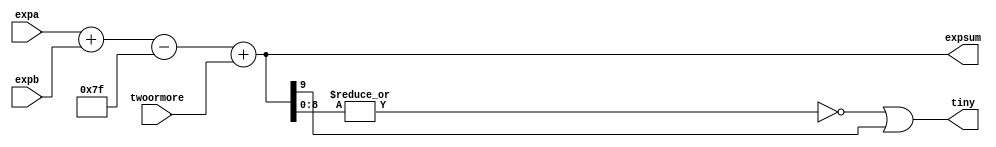
`define NWIDTH 6'b010100
`define BLOCKWIDTH 5'b01000
`define DDRWIDTH 7'b0100000
`define DDRNUMDQS 4'b0100
`define DDRSIZEWIDTH 6'b011000
`define BURSTLEN 3'b010
`define MEMCONWIDTH 8'b01000000
`define MEMCONNUMBYTES 5'b01000
`define RAMWIDTH 13'b0100000000000
`define RAMNUMBYTES 10'b0100000000
`define RAMSIZEWIDTH 5'b01000
`define TOPWIDTH 7'b0100000
`define rFIFOINPUTWIDTH 8'b01000000
`define wFIFOINPUTWIDTH 13'b0100000000000
`define mFIFOWIDTH 6'b011100
`define aFIFOWIDTH 5'b01000
`define SIMULATION_MEMORY
`define BLOCKM 9'b010000000
`define BLOCKN 9'b010000000
`define BLOCKMDIVK 3'b010
`define MEMBLOCKM 8'b01000000
`define MEMBLOCKN 8'b01000000
`define NWIDTH 6'b010100
`define BLOCKWIDTH 5'b01000
`define DDRSIZEWIDTH 6'b011000
`define RAMSIZEWIDTH 5'b01000
`define START 1'b0 //0
`define SETUP 2'b01 //1
`define FIRST 3'b010 //2
`define MODE0_SETUP 3'b011 //3
`define MODE0_WAIT 4'b0100 //4
`define MODE0 4'b0101 //5
`define MODE1_SETUP 4'b0110 //6
`define MODE1_WAIT 4'b0111 //7
`define MODE1 5'b01000 //8
`define MODE2_SETUP 5'b01001 //9
`define MODE2_WAIT 5'b01010 //10
`define MODE2 5'b01011 //11
`define MODE3_SETUP 5'b01100 //12
`define MODE3_WAIT 5'b01101 //13
`define MODE3 5'b01110 //14
`define STALL 5'b01111 //15
`define STALL_WAIT 6'b010000 //16
`define WAIT 6'b010001 //17
`define FINAL_WRITE 6'b010010 //18
`define FINAL_WAIT 6'b010011 //19
`define IDLE 6'b010100 //20
`define LAST_SETUP 6'b010101 //21
`define LAST_SETUP_WAIT 6'b010110 //22
`define LAST 6'b010111 //23
`define LAST_WAIT 6'b011000 //24
`define MEM_IDLE 1'b0 //0
`define MEM_WRITE 2'b01 //1
`define MEM_WRITE_WAIT 3'b010 //2
`define MEM_CHECK_DONE 3'b011 //3
`define MEM_READ 4'b0100 //4
`define MEM_READ_WAIT 4'b0101 //5
`define MEM_DONE 4'b0110 //6
`define MEM_WAIT_DONE 4'b0111 //7
`define rRAMSIZEWIDTH 8
`define cSETUP 4'b0000
`define cSTART 4'b0001
`define cFETCH_COL 4'b0010
`define cWAIT_COL 4'b0011
`define cFIND_REC 4'b0100
`define cMULT_COL 4'b0101
`define cUPDATE_J 4'b0110
`define cSTORE_MO 4'b0111
`define cMULT_SUB 4'b1000
`define cINCRE_I 4'b1001
`define cWAIT 4'b1010
`define cDONE 4'b1011
`define cSTORE_DIAG 4'b1100
`define cSTORE_DIAG2 4'b1101
`define cSTART_FETCH_ROW 4'b1110
`define cROW_WAIT 2'b00
`define cFETCH_ROW 2'b01
`define cDONE_FETCH_ROW 2'b10
`define cLOAD_ROW_INC_J 2'b11
`define PRECISION 7'b0100000
`define NUMPE 8'b01000000
`define PEWIDTH 4'b0110
`define BLOCKWIDTH 5'b01000
`define RAMWIDTH 13'b0100000000000
`define RAMNUMBYTES 10'b0100000000
`define RAMSIZEWIDTH 5'b01000
`define TOPSIZEWIDTH 5'b01110
`define TOPINPUTDELAY 3'b011
`define TOPOUTPUTDELAY 2'b01
`define MEMINPUTDELAY 3'b010
`define MEMOUTPUTDELAY 2'b01
`define TOPWIDTH 7'b0100000
//`define rFIFOINPUTWIDTH 64
`define rFIFOSIZE 512
`define rFIFOSIZEWIDTH 9
`define rFIFOOUTPUTWIDTH 2048
`define rFIFORSIZEWIDTH 4
	`define wFIFOINPUTWIDTH 13'b0100000000000
	`define wFIFOSIZE 6'b010000
	`define wFIFOSIZEWIDTH 4'b0100
	`define wFIFOOUTPUTWIDTH 8'b01000000
	`define wFIFORSIZEWIDTH 5'b01001
`define aFIFOSIZE 6'b010000
`define aFIFOSIZEWIDTH 4'b0100
`define aFIFOWIDTH 5'b01000
`define mFIFOSIZE 16
`define mFIFOSIZEWIDTH 4
//`define mFIFOWIDTH 28
`define BURSTLEN 3'b010
`define BURSTWIDTH 3'b010
`define DATAWIDTH 13'b0100000000000
`define DATANUMBYTES 10'b0100000000
`define MEMCONWIDTH 8'b01000000
`define MEMCONNUMBYTES 5'b01000
`define DDRSIZEWIDTH 6'b011000
`define FIFOSIZE 6'b010000
`define FIFOSIZEWIDTH 4'b0100
`define RAMWIDTH 13'b0100000000000
`define RAMNUMBYTES 10'b0100000000
`define RAMSIZEWIDTH 5'b01000
`define RATIO 7'b0100000
`define RAMLAT 4'b0101
`define dIDLE 0
`define dWRITE 1
`define dREAD 2
`define ZERO        8'b00000000  
`define ONE         8'b00000001  
`define TWO         8'b00000010  
`define THREE 		  8'b00000011  
`define FOUR		  8'b00000100  
`define FIVE		  8'b00000101  
`define SIX         8'b00000110  
`define SEVEN       8'b00000111  
`define EIGHT       8'b00001000  
`define NINE        8'b00001001  
`define TEN         8'b00001010  
`define ELEVEN      8'b00001011  
`define TWELVE      8'b00001100  
`define THIRTEEN    8'b00001101  
`define FOURTEEN    8'b00001110  
`define FIFTEEN     8'b00001111  
`define SIXTEEN     8'b00010000  
`define SEVENTEEN   8'b00010001  
`define EIGHTEEN	  8'b00010010  
`define NINETEEN    8'b00010011  
`define TWENTY		  8'b00010100  
`define TWENTYONE   8'b00010101  
`define TWENTYTWO   8'b00010110  
`define TWENTYTHREE 8'b00010111  
`define TWENTYFOUR  8'b00011000  
`define WEXP	8  
`define WSIG	23  
`define WFLAG	5  
`define WCONTROL 5  
`define DIVZERO 	0  
`define INVALID 	1  
`define INEXACT 	2  
`define OVERFLOW 	3  
`define UNDERFLOW	4  
`define WIDTH 		32 	//(`WEXP + `WSIG + 1)  
`define PRODWIDTH	48 	//(2 * (`WSIG + 1))  
`define SHIFTWIDTH	96 	//(2 * `PRODWIDTH))  
`define WPRENORM	24	// `WSIG + 1  
`define WEXPSUM		10	// `WEXP + 2  
`define BIAS		127	// (2^(`WEXP)) - 1  
`define WSIGMINUS1	22	// `WSIG - 1, used for rounding  
`define WSHIFTAMT	5	// log2(`WSIG + 1) rounded up  
`define UNDERBIAS	192	// 3 * 2 ^ (`WEXP -2)  
`define OVERBIAS	-192	// -`UNDERBIAS  
`define	EXTRASIG	25		// `WSIG+2 this is the amount of precision needed so no  
`define	SHIFT		5		// # bits the max alignment shift will fit in (log2(`WSIG+2)  
`define	MAX_EXP		8'b11111110	// the maximum non-infinite exponent,  
`define	INF_EXP		8'b11111111	// Infinity exponent, `WEXP bits, all 1  
`define	MAX_SIG		23'b11111111111111111111111  
`define	WEXP_0		8'b0		// Exponent equals `WEXP'b0  
`define	WEXP_1		8'b1		// Exponent equals one `WEXP'b1  
`define	WSIG_0		23'b0		// Significand equals zero `WSIG'b0  
`define	WSIG_1		23'b1		// Significand equals one `WSIG'b1  
`define	EXTRASIG_0	25'b0		// All result bits for adder zero `EXTRASIG'b0  
`define	MAXSHIFT	24		// `WSIG + 1  
`define CONSTNAN	{9'b111111111,22'b0}  
`define CONSTZERO	31'b0  
`define CONSTINFINITY	{8'b11111111, 23'b0}  
`define CONSTLARGEST	{`MAX_EXP, `MAX_SIG}  
`define PRESHIFTZEROS  48'b0 // `PRODWIDTH'b0  

module exponent(expa, expb, expsum, twoormore, tiny); 
 
  input	[`WEXPSUM-1:0]	expa, expb;	// the input exponents in 2's complement form 
					//	to accomodate denorms that have been 
					//	prenormalized 
  input			twoormore;	// product is outside range [1,2) 
 
  output [`WEXPSUM-1:0]	expsum;		// the sum of the exponents 
  output		tiny;		// Result is tiny (denormalized #) 
 
  // Sum the exponents, subtract the bias 
  // 	and add 1 (twoormore) if multiply went out of [1,2) range 
  assign expsum = expa + expb - `BIAS + twoormore; 
 
  // The result is tiny if the exponent is less than 1. 
  //	Because the exponent sum is in 2's-complement form, 
  //	it is negative if the first bit is 1, and zero if 
  //    all the bits are zero 
  assign tiny	= ~|expsum[`WEXPSUM-2:0] | expsum[`WEXPSUM-1]; 
 
 
endmodule